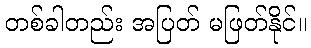
တစ်ခါတည်း အပြတ် မဖြတ်နိုင်။